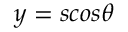
y = s c o s { \theta }